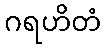
ဂရဟိတံ